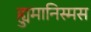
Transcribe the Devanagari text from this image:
ह्युमानिस्मस